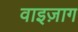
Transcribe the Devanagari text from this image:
वाइज़ाग